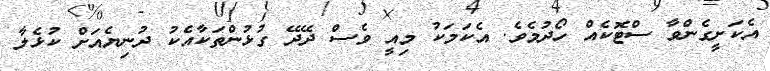
އެކަށީގެންވާ ސްޓޮކެއް ހޯދުމެވެ. އެކަމަކު މިއީ ވެސް ދޭދޭ ގުޅުންތަކާއެކު ދުނިޔެއަށް ކުޅެލާ